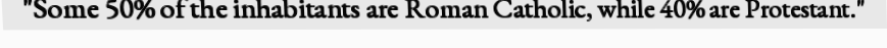
"Some 50% of the inhabitants are Roman Catholic, while 40% are Protestant."